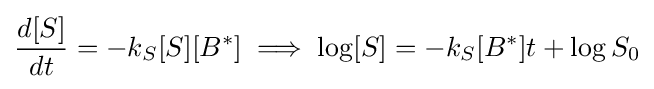
{\frac {d[S]}{dt}}=-k_{S}[S][B^{*}]\implies \log[S]=-k_{S}[B^{*}]t+\log S_{0}